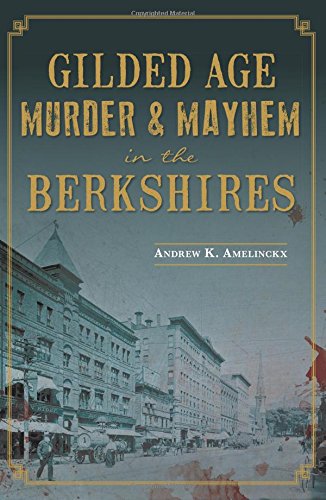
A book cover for Gilded Age Murder & Mayhem in the Berkshires; Andrew K. Amelinckx; Biographies & Memoirs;